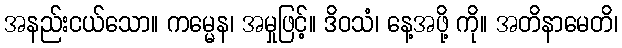
အနည်းငယ်သော။ ကမ္မေန၊ အမှုဖြင့်။ ဒိဝသံ၊ နေ့အဖို့ ကို။ အတိနာမေတိ၊